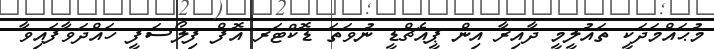
މުޙައްމަދަކީ ތައުލީމީ ދާއިރާ އިން ޕީއެޗްޑީ ނުވަތަ ޑޮކްޓަރ އޮފް ފިލޯސަފީ ހައްދަވާފައިވާ